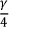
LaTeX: \frac { \gamma } { 4 }